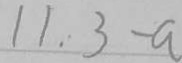
1 1 . 3 - a